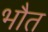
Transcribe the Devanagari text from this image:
भौत